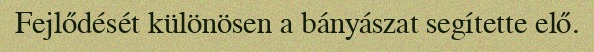
Fejlődését különösen a bányászat segítette elő.